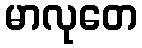
မာလုတေ